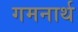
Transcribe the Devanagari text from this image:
गमनार्थ